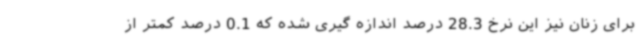
برای زنان نیز این نرخ 28.3 درصد اندازه گیری شده که 0.1 درصد کمتر از